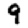
Digit: 9